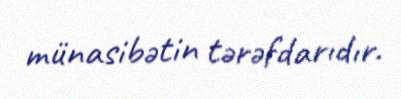
münasibətin tərəfdarıdır.